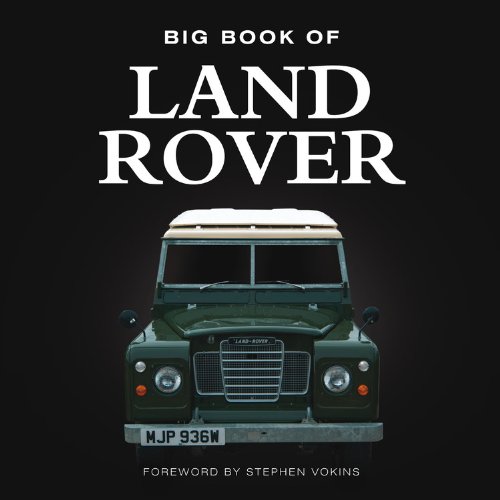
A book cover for Big Book of Land Rover (Big Books); Steve Vokins; Business & Money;